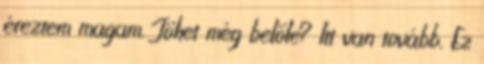
éreztem magam. Jöhet még belőle? Itt van tovább. Ez